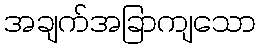
အချက်အခြာကျသော